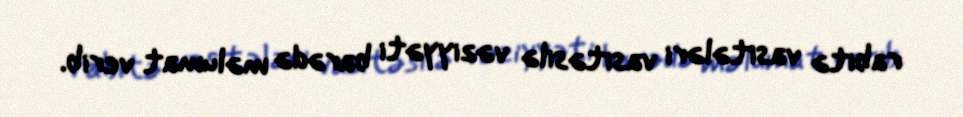
rabitə vasitələri vasitəsilə vəziyyəti barədə məlumat verib.